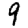
Digit: 9